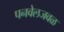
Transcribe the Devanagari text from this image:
पनवेलजवळ